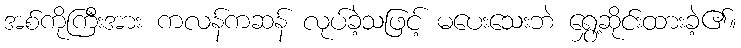
အစ်ကိုကြီးအား ကလန်ကဆန် လုပ်ခဲ့သဖြင့် မပေးသေးဘဲ ရွှေ့ဆိုင်းထားခဲ့၏။